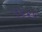
૧૪૨૬